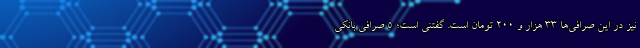
نیز در این صرافی‌ها ۳۳ هزار و ۲۰۰ تومان است. گفتنی است؛ ۵ صرافی بانکی